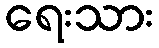
ရေးသား